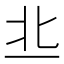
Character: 丠